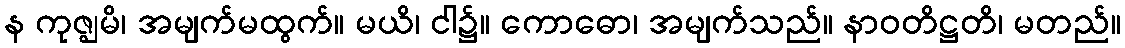
န ကုဇ္ဈမိ၊ အမျက်မထွက်။ မယိ၊ ငါ၌။ ကောဓော၊ အမျက်သည်။ နာဝတိဋ္ဌတိ၊ မတည်။